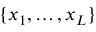
\{ x _ { 1 } , \ldots , x _ { L } \}